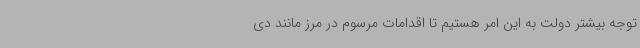
توجه بیشتر دولت به این امر هستیم تا اقدامات مرسوم در مرز مانند دی